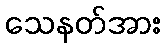
သေနတ်အား